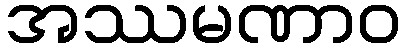
အဿမဏာဝ